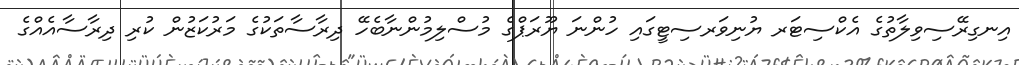
އިނގިރޭސިވިލާތުގެ އެކްސިޓަރ ޔުނިވަރސިޓީގައި ހުންނަ ޔޫރަޕްގެ މުސްލިމުންނާބެހޭ ދިރާސާތަކުގެ މަރުކަޒުން ކުރި ދިރާސާއެއްގެ